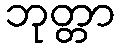
ဘုတ္တာ